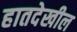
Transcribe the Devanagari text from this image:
हातदेखील